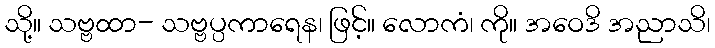
သို့။ သဗ္ဗထာ- သဗ္ဗပ္ပကာရေန၊ ဖြင့်။ လောကံ၊ ကို။ အဝေဒိ အညာသိ၊